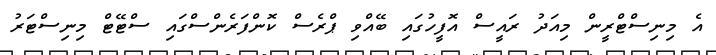
އެ މިނިސްޓްރީން މިއަދު ރައީސް އޮފީހުގައި ބޭއްވި ޕްރެސް ކޮންފަރެންސްގައި ސްޓޭޓް މިނިސްޓަރު